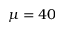
\mu = 4 0